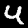
Digit: 4